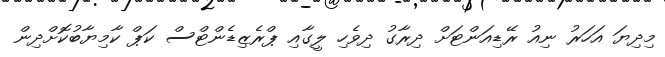
މިދިޔަ އަހަރު ނިއު ރޭޑިއަންޓަށް ދިރާގު ދިވެހި ލީގާއި ޕްރެޒިޑެންޓްސް ކަޕް ކާމިޔާބުކޮށްދިން